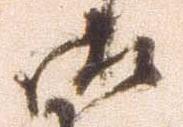
御